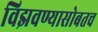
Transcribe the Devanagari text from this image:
विझवण्यासोबतच